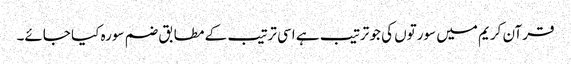
قرآن کریم میں سورتوں کی جو ترتیب ہے اسی ترتیب کے مطابق ضم سورہ کیا جائے۔